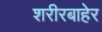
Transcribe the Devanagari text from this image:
शरीरबाहेर